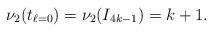
LaTeX: \begin{align*} \nu_{2}(t_{\ell=0}) = \nu_{2}(I_{4k-1}) = k+1. \end{align*}